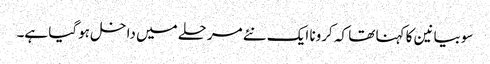
سوبیانین کا کہنا تھا کہ کرونا ایک نئے مرحلے میں داخل ہوگیا ہے۔